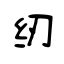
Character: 纫